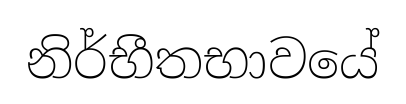
නිර්භීතභාවයේ